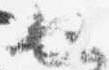
也